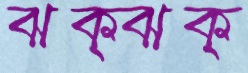
ঝক্‌ঝক্‌